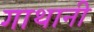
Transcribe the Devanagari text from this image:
गाथानी